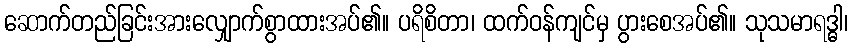
ဆောက်တည်ခြင်းအားလျှောက်စွာထားအပ်၏။ ပရိစိတာ၊ ထက်ဝန်ကျင်မှ ပွားစေအပ်၏။ သုသမာရဒ္ဓါ၊